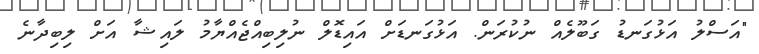
"އަސްލު އަޅުގަނޑު ގަބޫލެއް ނުކުރަން. އަޅުގަނޑަށް އައިޑޮލް ނުލިބިއްޖެއްޔާމު ލައިޝާ އަށް ލިބިދާނެ